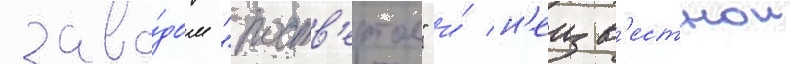
заво́дом "роств'ертол" и́ н'еизв'естнои